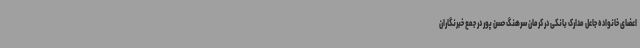
اعضای خانواده جاعل مدارک بانکی در کرمان سرهنگ حسن پور در جمع خبرنگاران